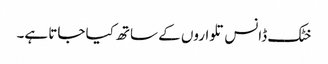
خٹک ڈانس تلواروں کے ساتھ کیا جاتا ہے۔